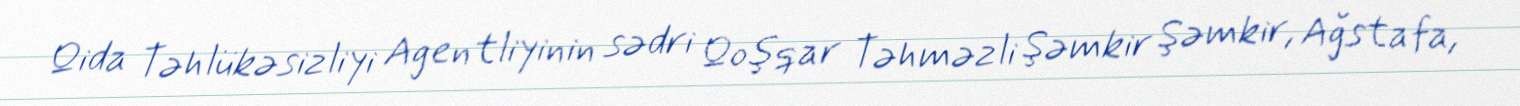
Qida Təhlükəsizliyi Agentliyinin sədri Qoşqar Təhməzli Şəmkir Şəmkir, Ağstafa,